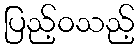
ပြည့်ဝသည့်